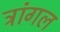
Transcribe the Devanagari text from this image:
ट्रांगल